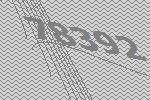
78392